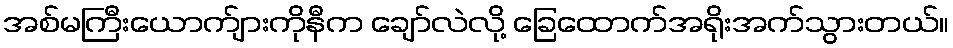
အစ်မကြီးယောက်ျားကိုနီက ချော်လဲလို့ ခြေထောက်အရိုးအက်သွားတယ်။